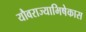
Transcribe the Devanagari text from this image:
यौवराज्याभिषेकास